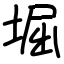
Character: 堀